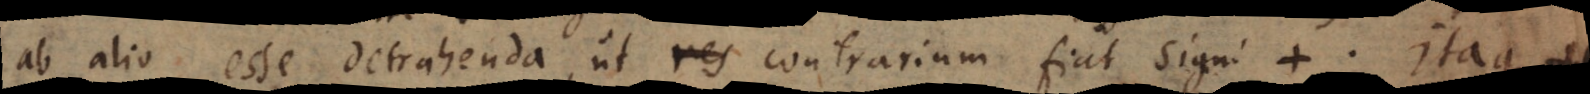
ab alio esse detrahenda, ut contrarium fiat signi +. Itaque